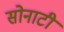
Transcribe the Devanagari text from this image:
सोनाटी